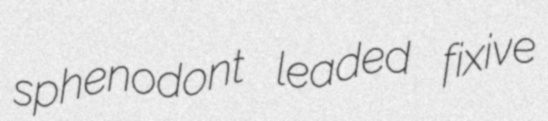
sphenodont leaded fixive